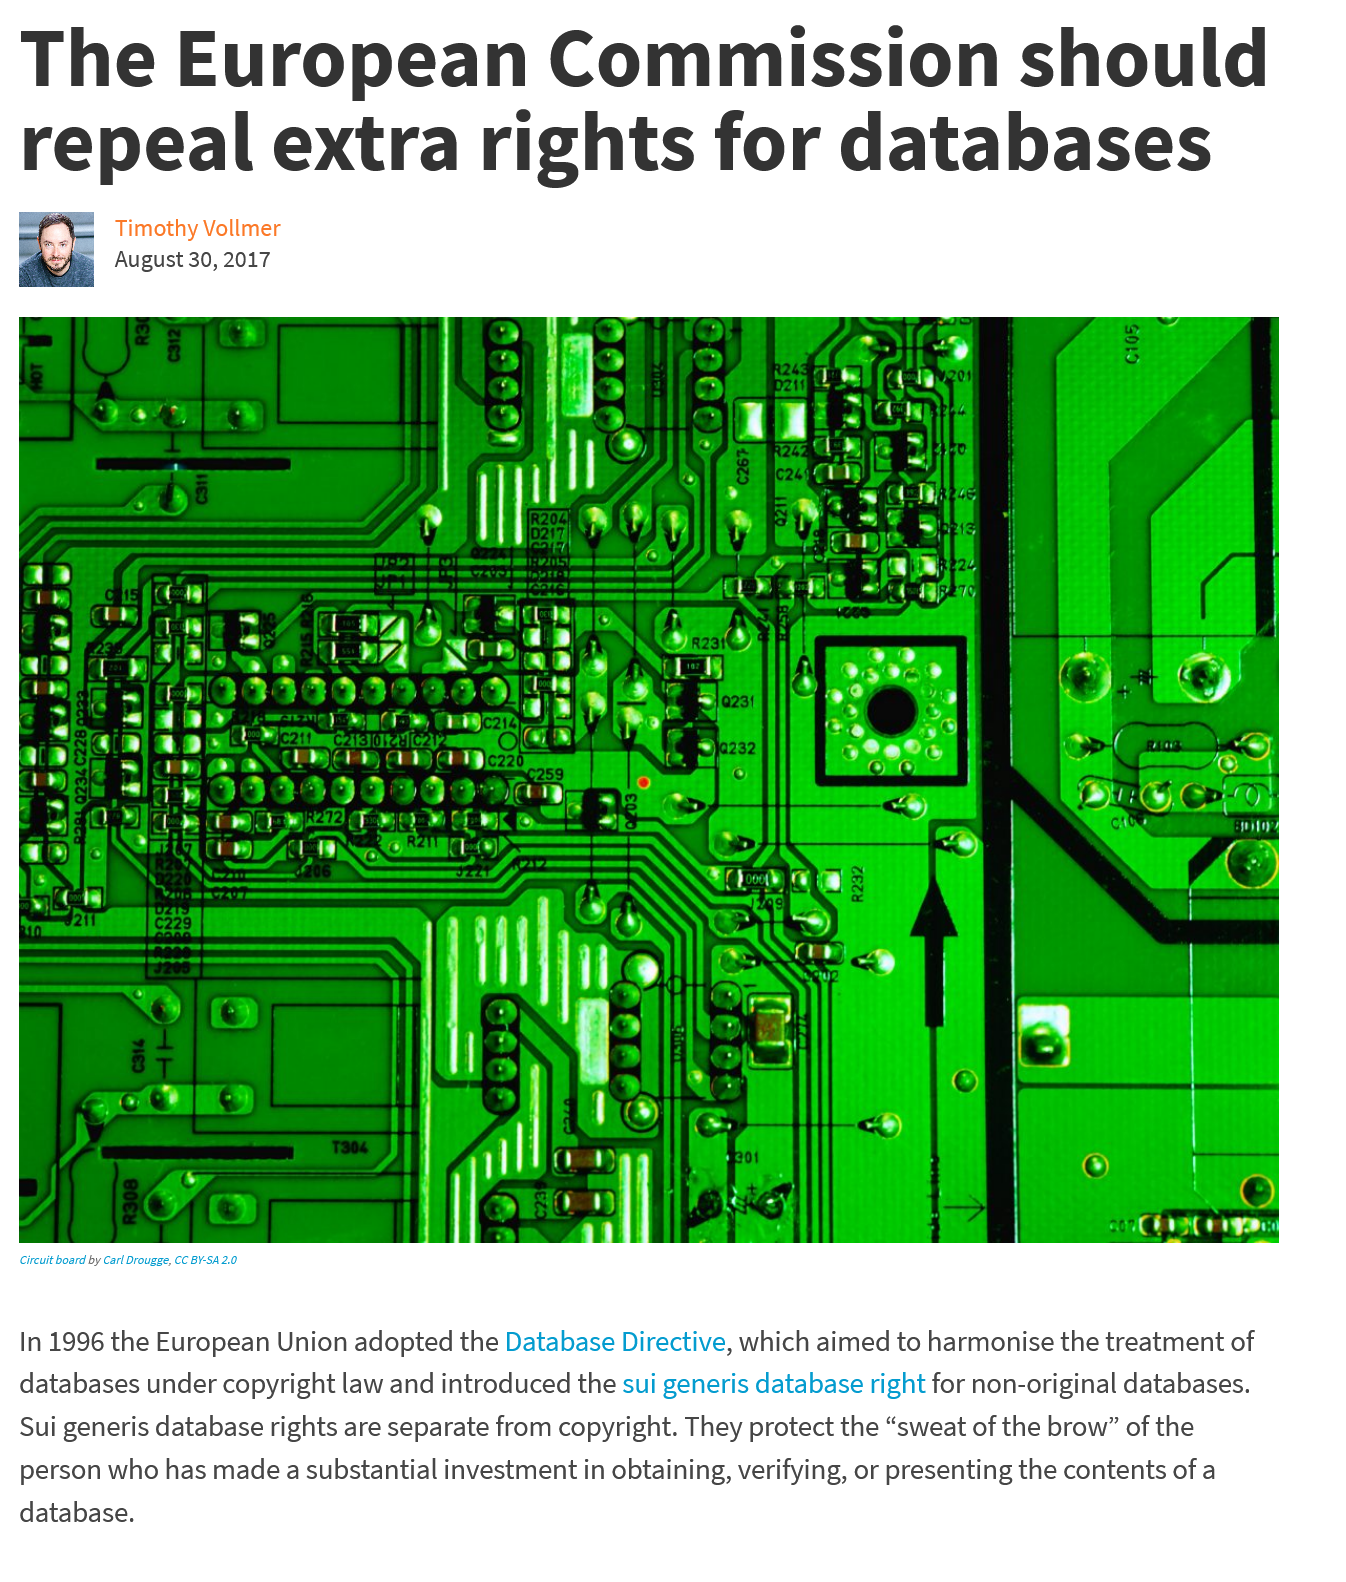
The    European    Commission    should
  repeal    extra    rights    for    databases
     Timothy Vollmer
     August 30, 2017
  In 1996 the European Union adopted the Database Directive, which aimed to harmonise the treatment of
  databases under copyright law and introduced the sui generis database right for non-original databases.
  Sui generis database rights are separate from copyright. They protect the “sweat of the brow” of the
  person who has made a substantial investment in obtaining, verifying, or presenting the contents of a
  database.
     ie
     E    !
     nl
     nD

  Circuit board by Carl Drougge, CC BY-SA 2.0